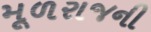
મૂળરાજની